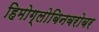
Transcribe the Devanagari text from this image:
हिमोग्लोबिनबरोबर